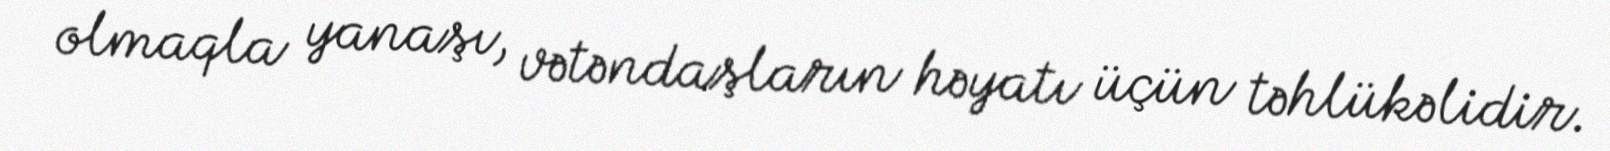
olmaqla yanaşı, vətəndaşların həyatı üçün təhlükəlidir.